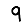
Digit: 9